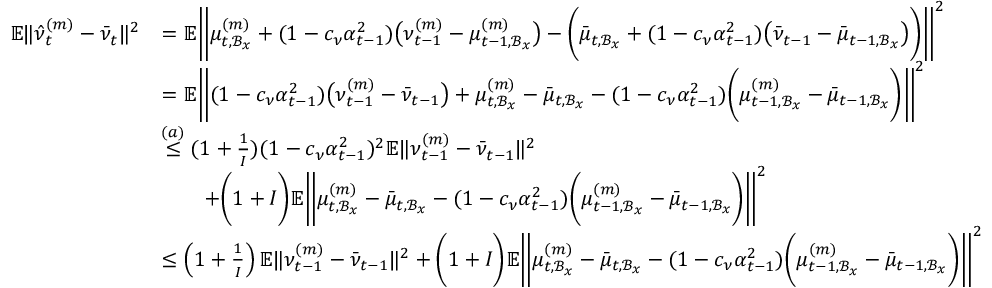
\begin{array} { r l } { \mathbb { E } \| \hat { \nu } _ { t } ^ { ( m ) } - \bar { \nu } _ { t } \| ^ { 2 } } & { = \mathbb { E } \bigg \| \mu _ { t , \mathcal { B } _ { x } } ^ { ( m ) } + ( 1 - c _ { \nu } \alpha _ { t - 1 } ^ { 2 } ) \big ( \nu _ { t - 1 } ^ { ( m ) } - \mu _ { t - 1 , \mathcal { B } _ { x } } ^ { ( m ) } \big ) - \bigg ( \bar { \mu } _ { t , \mathcal { B } _ { x } } + ( 1 - c _ { \nu } \alpha _ { t - 1 } ^ { 2 } ) \big ( \bar { \nu } _ { t - 1 } - \bar { \mu } _ { t - 1 , \mathcal { B } _ { x } } \big ) \bigg ) \bigg \| ^ { 2 } } \\ & { = \mathbb { E } \bigg \| ( 1 - c _ { \nu } \alpha _ { t - 1 } ^ { 2 } ) \big ( \nu _ { t - 1 } ^ { ( m ) } - \bar { \nu } _ { t - 1 } \big ) + \mu _ { t , \mathcal { B } _ { x } } ^ { ( m ) } - \bar { \mu } _ { t , \mathcal { B } _ { x } } - ( 1 - c _ { \nu } \alpha _ { t - 1 } ^ { 2 } ) \bigg ( \mu _ { t - 1 , \mathcal { B } _ { x } } ^ { ( m ) } - \bar { \mu } _ { t - 1 , \mathcal { B } _ { x } } \bigg ) \bigg \| ^ { 2 } } \\ & { \overset { ( a ) } { \leq } ( 1 + \frac { 1 } { I } ) ( 1 - c _ { \nu } \alpha _ { t - 1 } ^ { 2 } ) ^ { 2 } \mathbb { E } \| \nu _ { t - 1 } ^ { ( m ) } - \bar { \nu } _ { t - 1 } \| ^ { 2 } } \\ & { \qquad + \bigg ( 1 + I \bigg ) \mathbb { E } \bigg \| \mu _ { t , \mathcal { B } _ { x } } ^ { ( m ) } - \bar { \mu } _ { t , \mathcal { B } _ { x } } - ( 1 - c _ { \nu } \alpha _ { t - 1 } ^ { 2 } ) \bigg ( \mu _ { t - 1 , \mathcal { B } _ { x } } ^ { ( m ) } - \bar { \mu } _ { t - 1 , \mathcal { B } _ { x } } \bigg ) \bigg \| ^ { 2 } } \\ & { \leq \left( 1 + \frac { 1 } { I } \right) \mathbb { E } \| \nu _ { t - 1 } ^ { ( m ) } - \bar { \nu } _ { t - 1 } \| ^ { 2 } + \bigg ( 1 + I \bigg ) \mathbb { E } \bigg \| \mu _ { t , \mathcal { B } _ { x } } ^ { ( m ) } - \bar { \mu } _ { t , \mathcal { B } _ { x } } - ( 1 - c _ { \nu } \alpha _ { t - 1 } ^ { 2 } ) \bigg ( \mu _ { t - 1 , \mathcal { B } _ { x } } ^ { ( m ) } - \bar { \mu } _ { t - 1 , \mathcal { B } _ { x } } \bigg ) \bigg \| ^ { 2 } } \end{array}